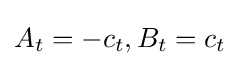
A_{t}=-c_{t},B_{t}=c_{t}